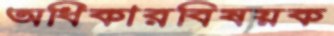
অধিকারবিষয়ক